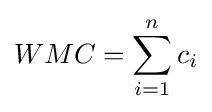
WMC=\sum _{i=1}^{n}c_{i}